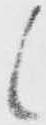
候